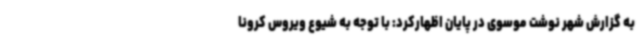
به گزارش شهر نوشت موسوی در پایان اظهارکرد: با توجه به شیوع ویروس کرونا